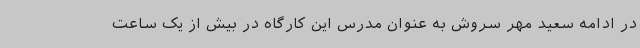
در ادامه سعید مهر سروش به عنوان مدرس این کارگاه در بیش از یک ساعت